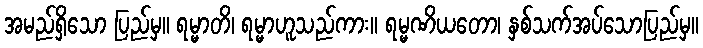
အမည်ရှိသော ပြည်မှ။ ရမ္မာတိ၊ ရမ္မာဟူသည်ကား။ ရမ္မဏိယတော၊ နှစ်သက်အပ်သောပြည်မှ။